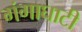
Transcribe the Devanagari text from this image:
गंगाघाटी